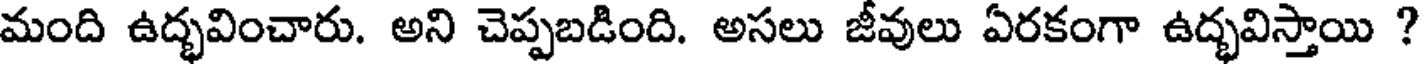
మంది ఉద్భవించారు. అని చెప్పబడింది. అసలు జీవులు ఏరకంగా ఉద్భవిస్తాయి ?